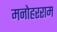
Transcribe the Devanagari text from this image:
मनोहरराम